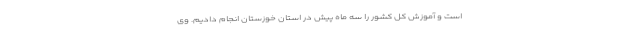
است و آموزش کل کشور را سه ماه پیش در استان خوزستان انجام دادیم. وی